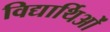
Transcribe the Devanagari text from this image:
विद्यार्थिओं